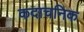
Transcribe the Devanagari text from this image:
कदाचनिक